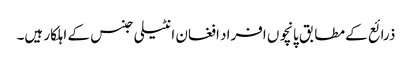
ذرائع کے مطابق پانچوں افراد افغان انٹیلی جنس کے اہلکار ہیں۔